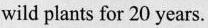
wild plants for 20 years.